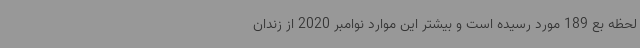
لحظه بع 189 مورد رسیده است و بیشتر این موارد نوامبر 2020 از زندان